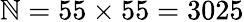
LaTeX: \mathbb{N}=55\times55=3025